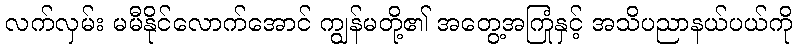
လက်လှမ်း မမီနိုင်လောက်အောင် ကျွန်မတို့၏ အတွေ့အကြုံနှင့် အသိပညာနယ်ပယ်ကို